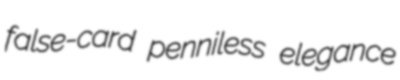
false-card penniless elegance